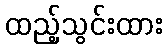
ထည့်သွင်းထား